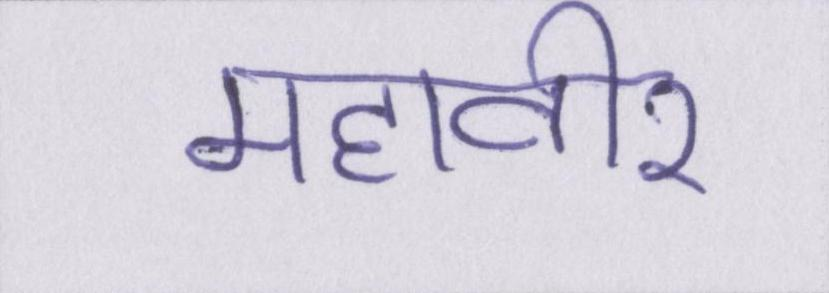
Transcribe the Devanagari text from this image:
महावीर